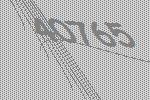
40765